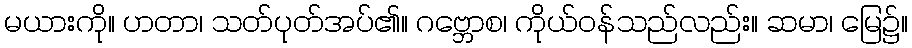
မယားကို။ ဟတာ၊ သတ်ပုတ်အပ်၏။ ဂဗ္ဘောစ၊ ကိုယ်ဝန်သည်လည်း။ ဆမာ၊ မြေ၌။